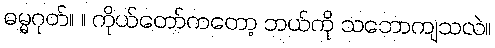
ဓမ္မဂုတ်။ ။ ကိုယ်တော်ကတော့ ဘယ်ကို သဘောကျသလဲ။